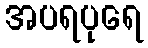
အပရပုရေ